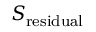
S _ { \mathrm { r e s i d u a l } }